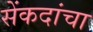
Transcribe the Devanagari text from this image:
सेंकदांचा